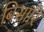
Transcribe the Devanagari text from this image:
बिसारि